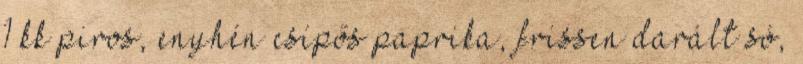
1 kk piros, enyhén csípős paprika, frissen darált só,